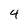
Character: 4